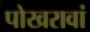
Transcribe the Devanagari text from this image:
पोखरावां